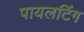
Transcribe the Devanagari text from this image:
पायलटिंग